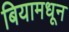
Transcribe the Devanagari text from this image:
बियामधून